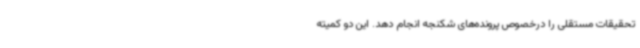
تحقیقات مستقلی را درخصوص پرونده‌های شکنجه انجام دهد. این دو کمیته